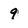
Character: 9